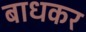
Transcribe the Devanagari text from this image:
बाधकर